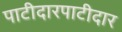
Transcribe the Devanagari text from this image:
पाटीदारपाटीदार